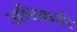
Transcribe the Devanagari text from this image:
अधिकारि